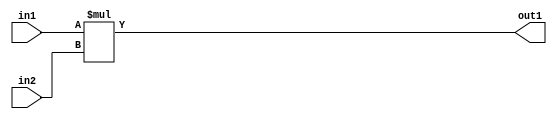
`timescale 1ps / 1ps
/*****************************************************************************
    Verilog RTL Description
    
    
    Created by: Stratus DpOpt 2019.1.01 
*******************************************************************************/

module GauFilter_Mul_8Ux8U_12U_1 (
	in2,
	in1,
	out1
	); /* architecture "behavioural" */ 
input [7:0] in2,
	in1;
output [11:0] out1;
wire [11:0] asc001;

assign asc001 = 
	+(in1 * in2);

assign out1 = asc001;
endmodule

/* CADENCE  urjwSQs= : u9/ySgnWtBlWxVPRXgAZ4Og= ** DO NOT EDIT THIS LINE ******/